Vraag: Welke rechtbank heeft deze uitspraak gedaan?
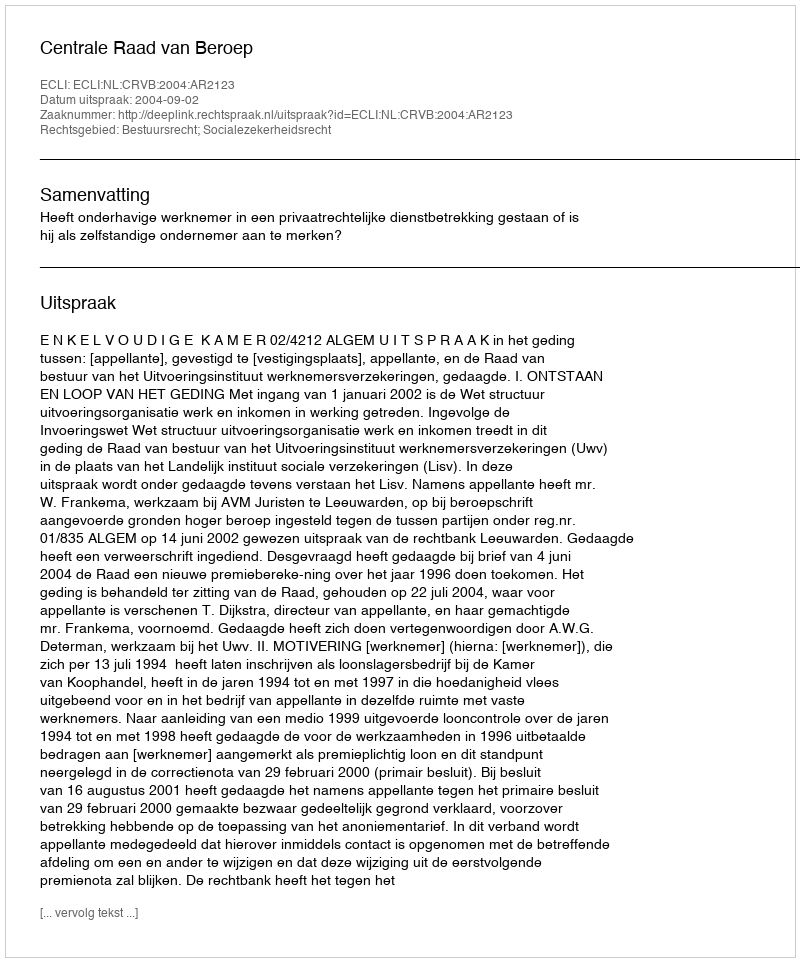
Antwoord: Centrale Raad van Beroep